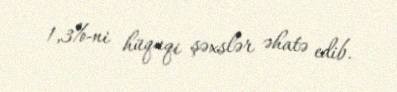
1,3%-ni hüquqi şəxslər əhatə edib.